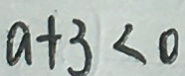
a + 3 < 0